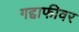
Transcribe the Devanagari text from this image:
गद्दाफीवर